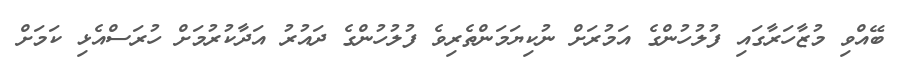
ބޭއްވި މުޒާހަރާގައި ފުލުހުންގެ އަމުރަށް ނުކިޔަމަންތެރިވެ ފުލުހުންގެ ދައުރު އަދާކުރުމަށް ހުރަސްއެޅި ކަމަށް